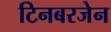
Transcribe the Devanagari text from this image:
टिनबरजेन